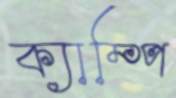
ক্যাম্পি